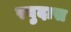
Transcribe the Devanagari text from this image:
रघुदास